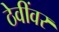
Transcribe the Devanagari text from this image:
ठेवींवर